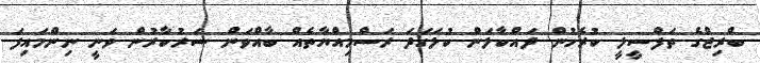
ބްރިޖްގެ ތަފްސީލީ ކުރެހުން ދައްކާލަން ކުލަގަދަ ރަސްމިއްޔާތެއް ބާއްވަން ސަރުކާރުން ވަނީ ނިންމައިފަ